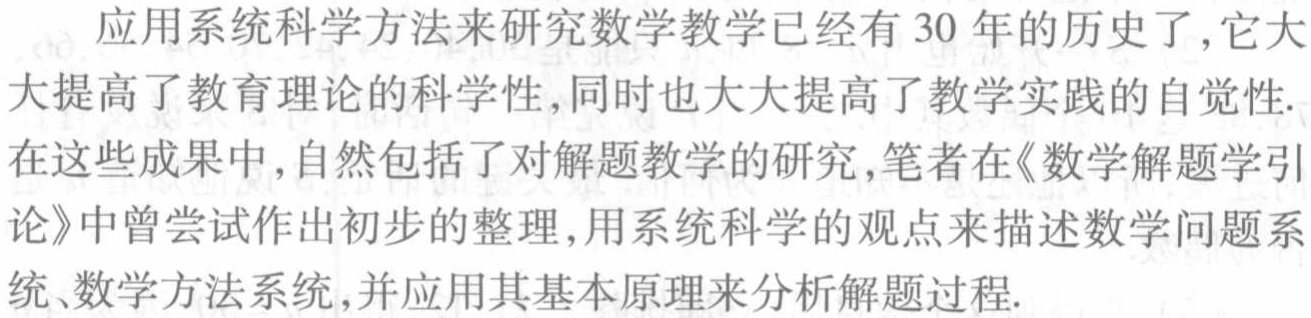
应用系统科学方法来研究数学教学已经有 30 年的历史了,它大大提高了教育理论的科学性,同时也大大提高了教学实践的自觉性.在这些成果中,自然包括了对解题教学的研究,笔者在《数学解题学引论》中曾尝试作出初步的整理,用系统科学的观点来描述数学问题系统、数学方法系统,并应用其基本原理来分析解题过程.